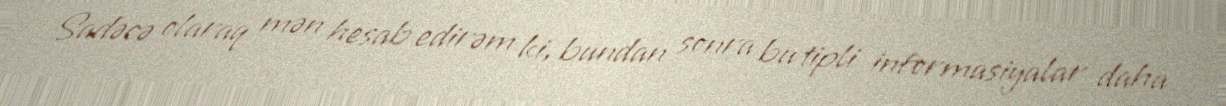
Sadəcə olaraq mən hesab edirəm ki, bundan sonra bu tipli informasiyalar daha